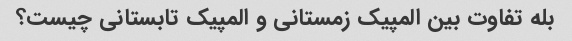
بله تفاوت بین المپیک زمستانی و المپیک تابستانی چیست؟